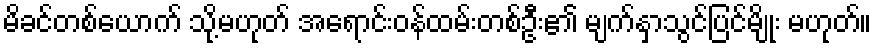
မိခင်တစ်ယောက် သို့မဟုတ် အရောင်းဝန်ထမ်းတစ်ဦး၏ မျက်နှာသွင်ပြင်မျိုး မဟုတ်။